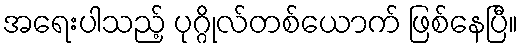
အရေးပါသည့် ပုဂ္ဂိုလ်တစ်ယောက် ဖြစ်နေပြီ။